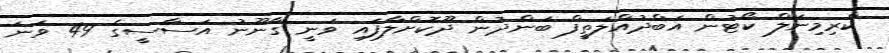
ކްރިމިނަލް ކޯޓުން އަބްދުއްލަތީފް ބަންދުން ދޫކޮށްލާފައި ވަނީ ގާނޫނު އަސާސީގެ 49 ވަނަ